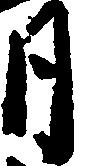
月